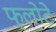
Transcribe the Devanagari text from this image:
फ्लोटे